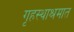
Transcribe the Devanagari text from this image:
गृहस्थाश्रमात